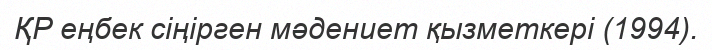
ҚР еңбек сіңірген мәдениет қызметкері (1994).